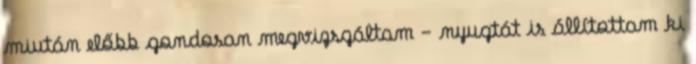
miután előbb gondosan megvizsgáltam - nyugtát is állítottam ki